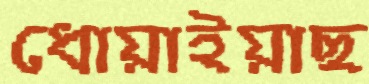
ধোয়াইয়াছ